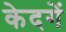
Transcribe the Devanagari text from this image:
केदगें